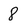
Character: 8